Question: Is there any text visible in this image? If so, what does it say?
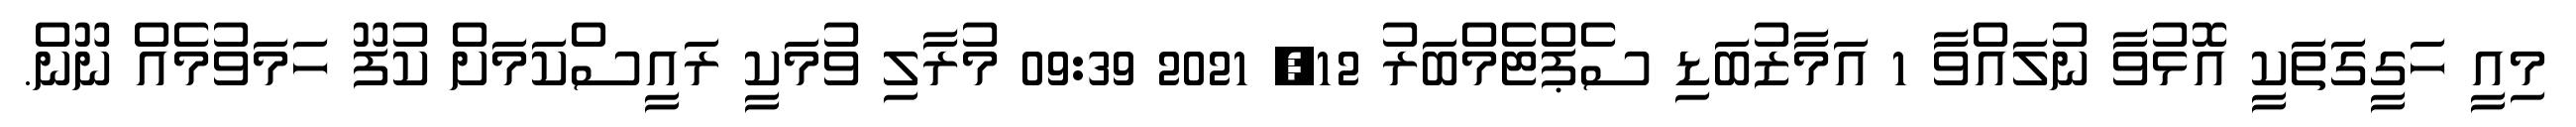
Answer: މިއީ ހަގީގަތަކީ އޮޅުވާ ނުލައްވާ 1 އަމާޒުބަޑި ސެޕްޓެމްބަރު 12, 2021 09:39 މުރާލި ވުމަކީ ރައީސްކަމަށް ކުފޫ ހަމަވުމެއް ނޫން.